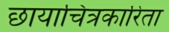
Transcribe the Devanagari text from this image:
छायाचित्रकारिता